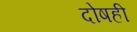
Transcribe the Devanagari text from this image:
दोषही